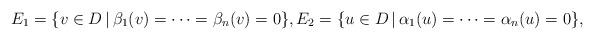
LaTeX: \begin{gather*}E_1 = \{ v \in D \,|\, \beta_1(v) = \cdots = \beta_n(v) = 0\}, E_2 = \{ u \in D \,|\, \alpha_1(u) = \cdots = \alpha_n(u) = 0\},\end{gather*}